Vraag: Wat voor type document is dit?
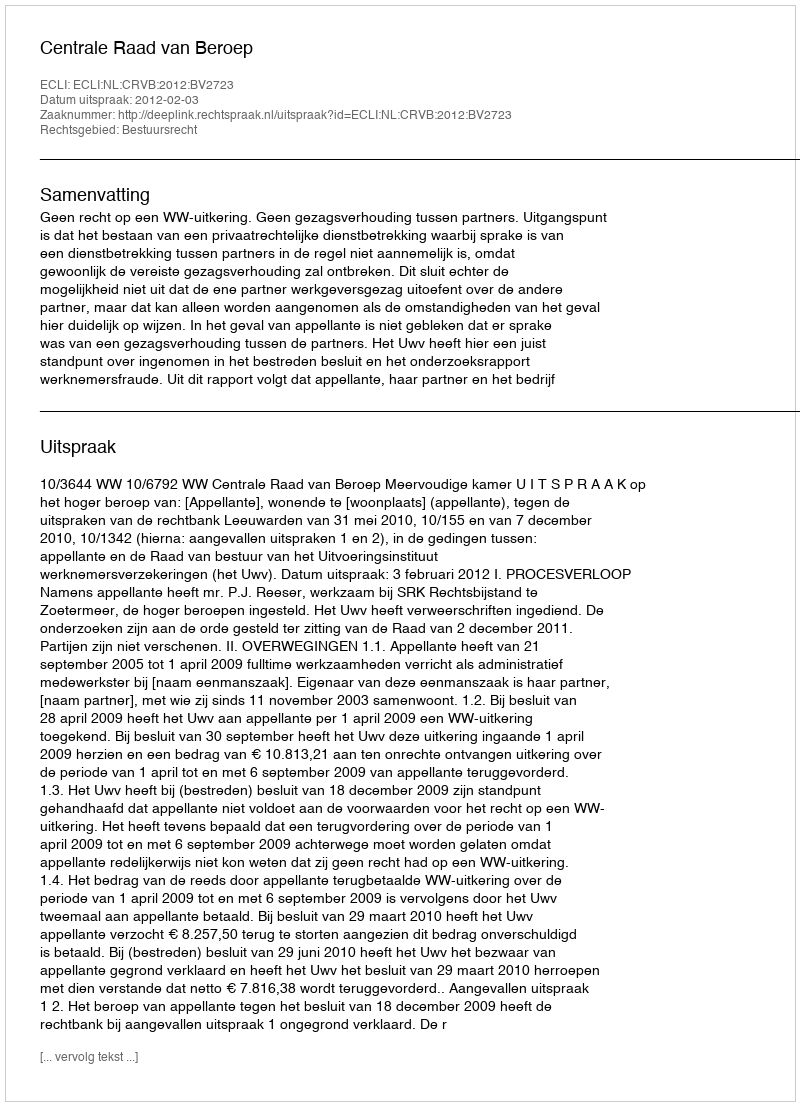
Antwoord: Uitspraak